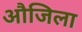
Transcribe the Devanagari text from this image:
औजिला